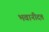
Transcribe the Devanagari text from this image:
भवानीदत्त